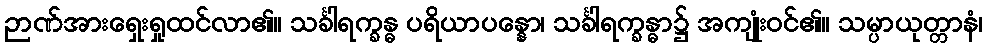
ဉာဏ်အားရှေးရှုထင်လာ၏။ သင်္ခါရက္ခန္ဓ ပရိယာပန္နော၊ သင်္ခါရက္ခန္ဓာ၌ အကျုံးဝင်၏။ သမ္ပာယုတ္တာနံ၊